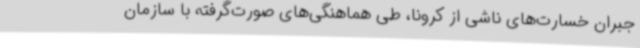
جبران خسارت‌های ناشی از کرونا، طی هماهنگی‌های صورت‌گرفته با سازمان